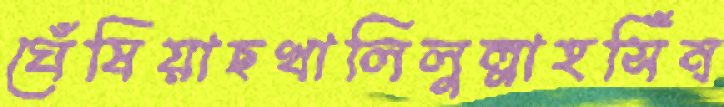
ঘেঁষিয়াছখালিলুল্লাহসিঁন্